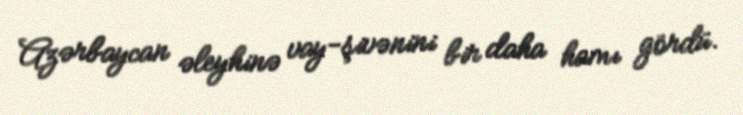
Azərbaycan əleyhinə vay-şivənini bir daha hamı gördü.